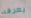
يعرفه